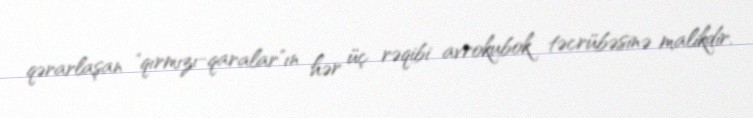
qərarlaşan "qırmızı-qaralar"ın hər üç rəqibi avrokubok təcrübəsinə malikdir.